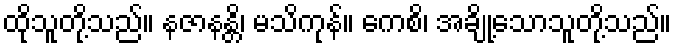
ထိုသူတို့သည်။ နဇာနန္တိ၊ မသိကုန်။ ကေစိ၊ အချို့သောသူတို့သည်။